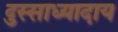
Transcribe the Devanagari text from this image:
दुस्साध्यादाय